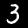
Label: 3